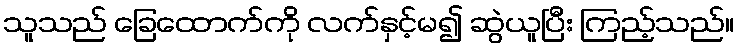
သူသည် ခြေထောက်ကို လက်နှင့်မ၍ ဆွဲယူပြီး ကြည့်သည်။